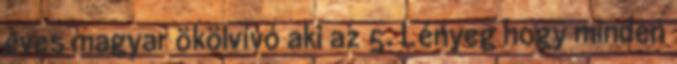
éves magyar ökölvívó aki az 5. Lényeg hogy minden